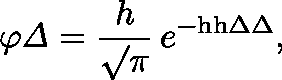
\varphi { \mathit { \Delta } } = { \frac { h } { \surd \pi } } \, e ^ { - \mathrm { h h } \Delta \Delta } ,